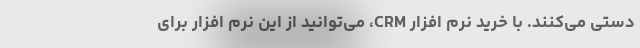
دستی می‌کنند. با خرید نرم افزار CRM، می‌توانید از این نرم افزار برای